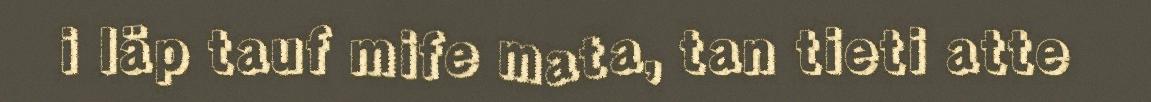
i läp tauf mife mata, tan tieti atte